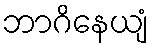
ဘာဂိနေယျံ